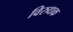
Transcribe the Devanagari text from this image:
विरुधक